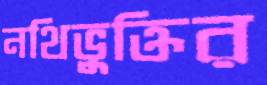
নথিভুক্তির